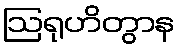
ဩရုဟိတွာန